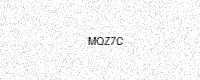
Text: MQZ7C